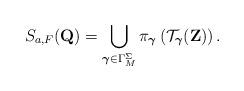
LaTeX: \begin{align*}S_{a,F}(\mathbf{Q})=\bigcup_{\boldsymbol{\gamma} \in \Gamma_M^{\Sigma}}\pi_{\boldsymbol{\gamma}}\left(\mathcal{T}_{\boldsymbol{\gamma}}(\mathbf{Z})\right).\end{align*}